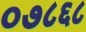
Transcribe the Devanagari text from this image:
०७८६८